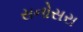
સનોસરા